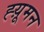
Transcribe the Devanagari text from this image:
ह्य़ूमन